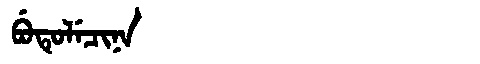
Manchu: ᠪᡠᡨᡠᠯᡝᠴᡳᠨᠠ
Romanization: BUTULECINA